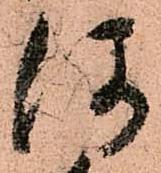
何